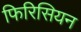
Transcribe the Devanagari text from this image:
फिरिसियन